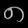
Digit: ၈